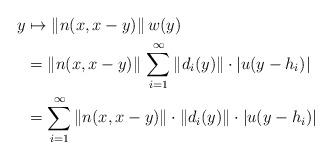
LaTeX: \begin{align*}y&\mapsto\Vert n(x,x-y)\Vert\,w(y)\\&=\Vert n(x,x-y)\Vert\,\sum_{i=1}^\infty\Vert d_i(y)\Vert\cdot|u(y-h_i)|\\&=\sum_{i=1}^\infty\Vert n(x,x-y)\Vert\cdot\Vert d_i(y)\Vert\cdot|u(y-h_i)|\end{align*}